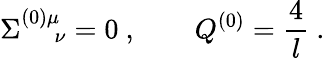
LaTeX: \Sigma_{\quad\ \nu}^{(0)\mu}=0\ ,\qquad Q^{(0)}={\frac{4}{l}}\ .